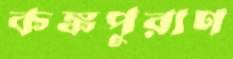
কঙ্কপুরাণ